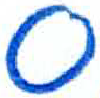
אות: ס